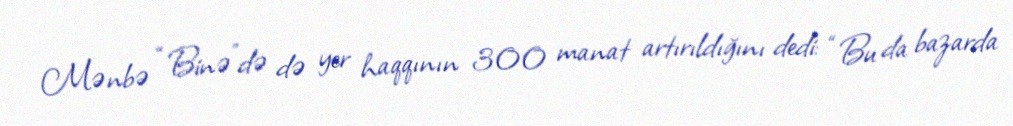
Mənbə “Binə”də də yer haqqının 300 manat artırıldığını dedi: “Bu da bazarda